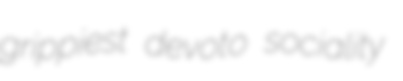
grippiest devoto sociality